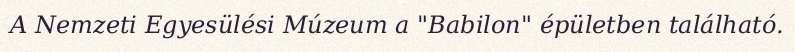
A Nemzeti Egyesülési Múzeum a "Babilon" épületben található.